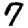
Digit: 7